Report of an investigation of the epidemic of malarial fever in Assam, or, kala-azar
Disease focus: Malaria
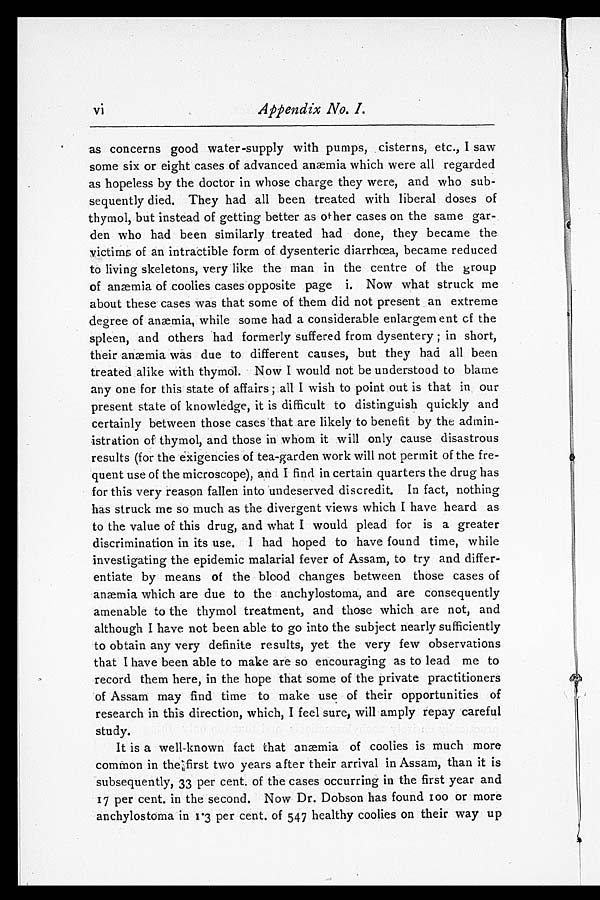
vi Appendix No. I.
as concerns good water-supply with pumps, cisterns, etc., I saw
some six or eight cases of advanced anæmia which were all regarded
as hopeless by the doctor in whose charge they were, and who sub
-sequently died. They had all been treated with liberal doses of
thymol, but instead of getting better as other cases on the same gar
-den who had been similarly treated had done, they became the
victims of an intractible form of dysenteric diarrhœa, became reduced
to living skeletons, very like the man in the centre of the group
of anæmia of coolies cases opposite page i. Now what struck me
about these cases was that some of them did not present an extreme
degree of anæmia, while some had a considerable enlargem ent of the
spleen, and others had formerly suffered from dysentery; in short,
their anæmia was due to different causes, but they had all been
treated alike with thymol. Now I would not be understood to blame
any one for this state of affairs; all I wish to point out is that in our
present state of knowledge, it is difficult to distinguish quickly and
certainly between those cases that are likely to benefit by the admin
-istration of thymol, and those in whom it will only cause disastrous
results (for the exigencies of tea-garden work will not permit of the fre
-quent use of the microscope), and I find in certain quarters the drug has
for this very reason fallen into undeserved discredit. In fact, nothing
has struck me so much as the divergent views which I have heard as
to the value of this drug, and what I would plead for is a greater
discrimination in its use. I had hoped to have found time, while
investigating the epidemic malarial fever of Assam, to try and differ
-entiate by means of the blood changes between those cases of
anæmia which are due to the anchylostoma, and are consequently
amenable to the thymol treatment, and those which are not, and
although I have not been able to go into the subject nearly sufficiently
to obtain any very definite results, yet the very few observations
that I have been able to make are so encouraging as to lead me to
record them here, in the hope that some of the private practitioners
of Assam may find time to make use of their opportunities of
research in this direction, which, I feel sure, will amply repay careful
study.
It is a well-known fact that anæmia of coolies is much more
common in the first two years after their arrival in Assam, than it is
subsequently, 33 per cent. of the cases occurring in the first year and
17 per cent. in the second. Now Dr. Dobson has found 100 or more
anchylostoma in 1.3 per cent. of 547 healthy coolies on their way up